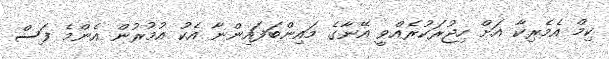
ކިމް އެމެރިކާ އަށް ހިޖުރަކުރެއްވީ އޭނާގެ މައިންބަފައިންނާ އެކު އުމުރުން އެންމެ ފަސް